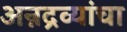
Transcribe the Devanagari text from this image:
अन्नद्रव्यांचा